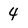
Character: 4